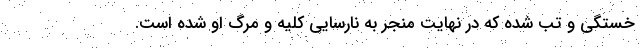
خستگی و تب شده که در نهایت منجر به نارسایی کلیه و مرگ او شده است.